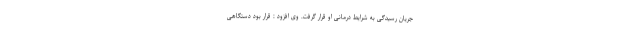
جریان رسیدگی به شرایط درمانی او قرار گرفت. وی افزود : قرار بود دستگاهی